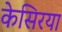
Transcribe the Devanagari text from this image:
केसिरया